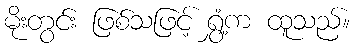
မိုးတွင်း ဖြစ်သဖြင့် ရွှံ့က ထူသည်။